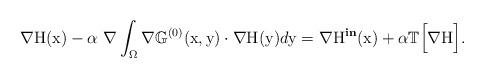
LaTeX: \begin{align*}\nabla \mathrm{H}(\mathrm{x}) - \alpha \ \nabla\int_\Omega\nabla\mathbb{G}^{(0)}(\mathrm{x},\mathrm{y})\cdot\nabla \mathrm{H}(\mathrm{y}) d\mathrm{y} = \nabla\mathrm{H}^{\textbf{in}}(\mathrm{x}) + \alpha \mathbb{T}\Big[\nabla\mathrm{H}\Big]. \end{align*}